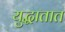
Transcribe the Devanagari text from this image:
युद्धातात